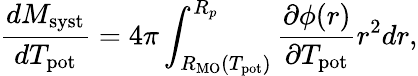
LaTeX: \frac{dM_{\mathrm{syst}}}{dT_{\mathrm{pot}}}=4\pi\int_{R_{\mathrm{MO}}(T_{\mathrm{pot}})}^{R_{p}}\frac{\partial\phi(r)}{\partial T_{\mathrm{pot}}}r^{2}dr,